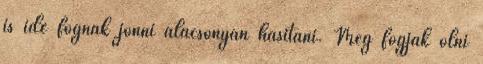
is ide fognak jönni alacsonyan hasítani. Meg fogják ölni